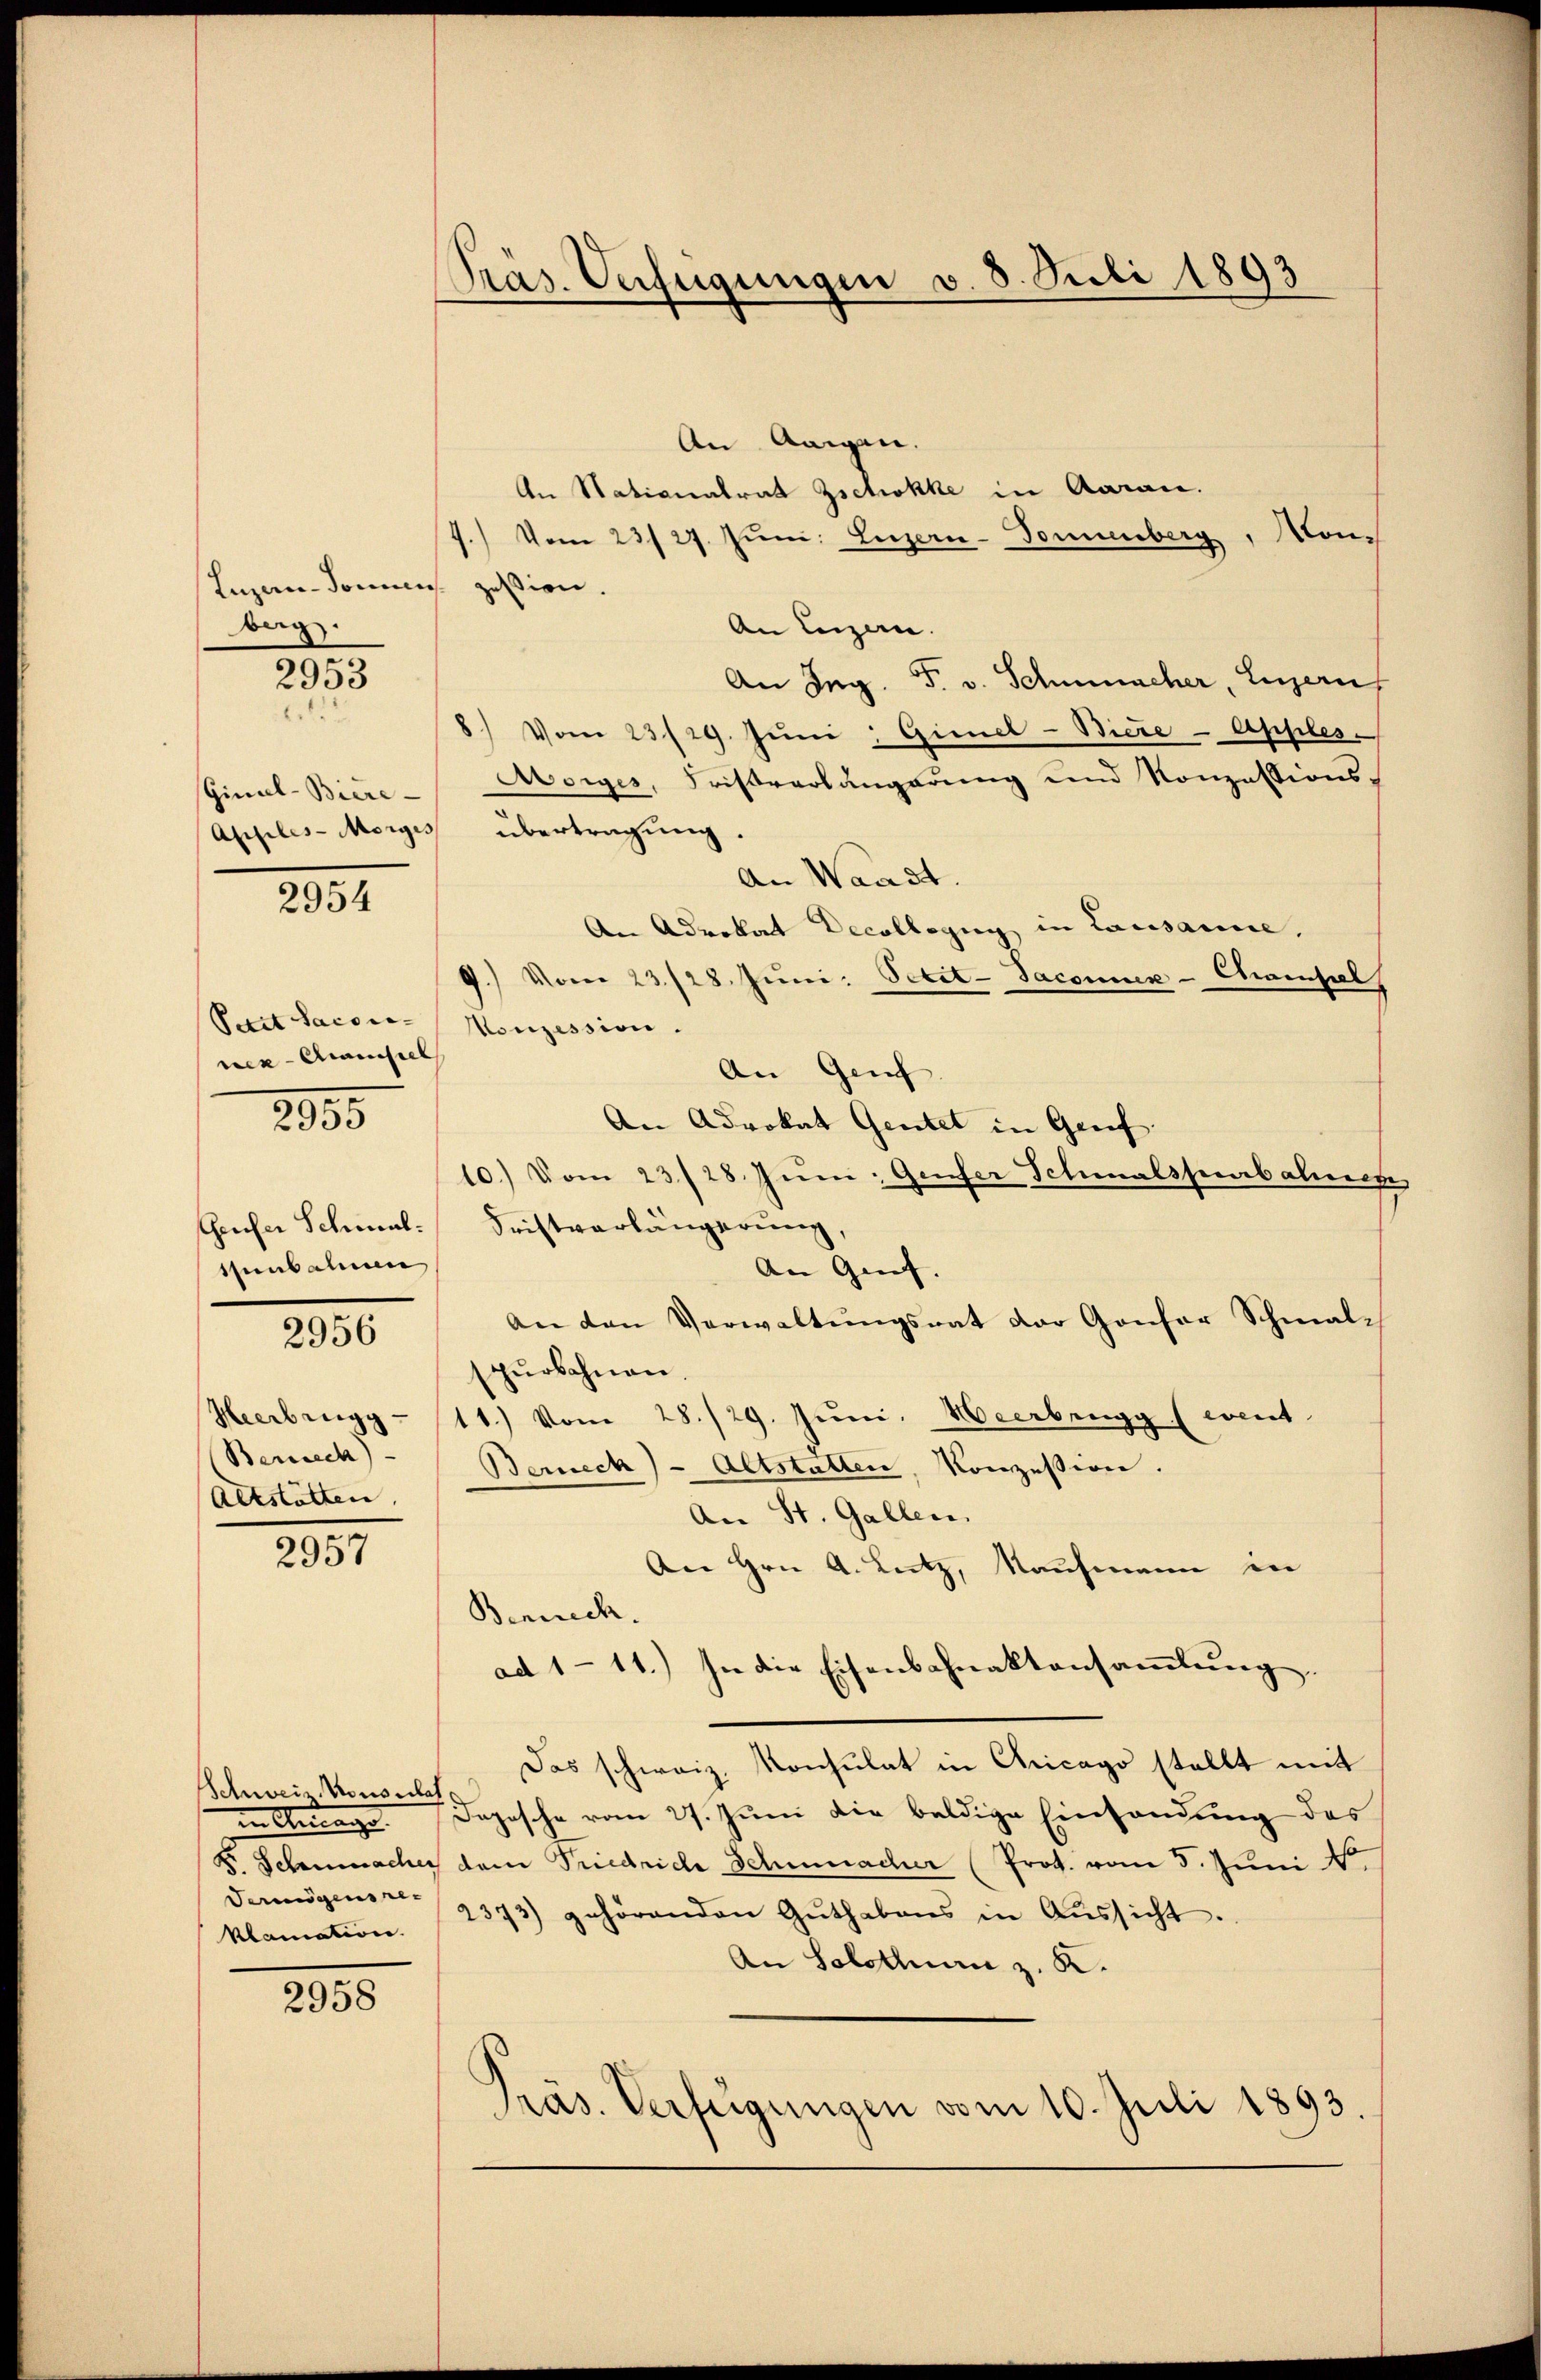
Luzau-Sommen
berg.

Ginal-Biere

2953
.1.

2954

Petit Sacori- |
nek-Mamseel

2955

tenbahnen

2956

Heerbrugg
Berech
Altstätten.

2957

Schweiz. Konsul
in Anrege
F. Schumache
Vermögens re-
Mlamation.

2958

Präs. Verfügungen v. 8. Juli 1893

An Aigen
An Stationalrat Zschokke in Aarau.
Mon
f.) Vom 23/27. Jun. Luzern-Pommenberg
zession.
An Luzern.
An Ing. F. v. Schmacher, Luzern,
8) Vom 23/29. Jŭni Gimel-Biere-Apples
Asiges, Fristverlängerung und Konzessions-
Apples-Morges übertragung.
An Waadt.
An Advokat Decollegii in Lausanne,
9.) Vom 23/28. Jŭni. Petit-Saconuk-Choisel
Konzession.
An Genf
An Advokat Gentel in Grief.
10.) Vom 23/28. Juni: Genfer Schmalspubalte
Geuser Schmal Fristverlängerung,
An Genf. |
An den Verwaltungsrat der Gonsor Schmalspŭrbahnen.
11.) Vom 28./29. Juni, Weerbrugg (event
Berneck) - Altstatten, Konzession.
der St. Gallen
An Hrn. A. Lutz, Kaufmann in
Benrech
ad 1-11.) In die Eisenbahnaktensammlung
Das schweiz. Konsulat in Cricago stellt mit
Dopische vom 27. Juni die baldige Einsandung des
 dem Friedrich Schmacher (Prot. vom 5. Juni 1
2373) gehörenden Guthabens in Aŭssicht.
An Solothurn z. K.
Pras. Verfügungen vom 10. Juli 1893.